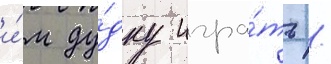
и́м ду́дку игра́ть /